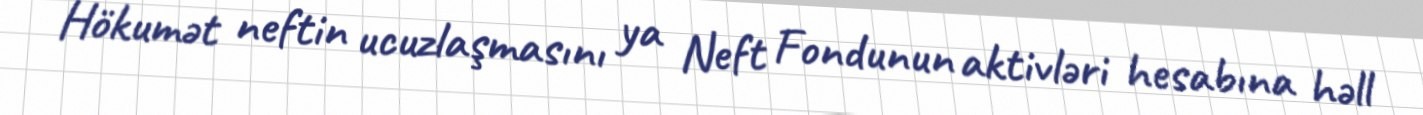
Hökumət neftin ucuzlaşmasını ya Neft Fondunun aktivləri hesabına həll